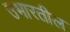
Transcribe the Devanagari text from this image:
उभारतील